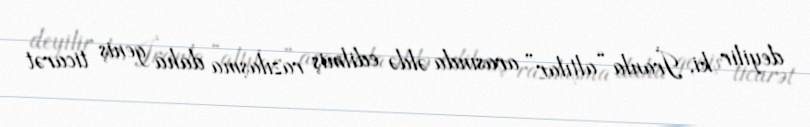
deyilir ki, İranla “altılar” arasında əldə edilmiş razılaşma daha geniş ticarət